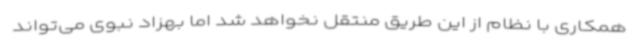
همکاری با نظام از این طریق منتقل نخواهد شد اما بهزاد نبوی می‌تواند